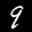
Label: 9